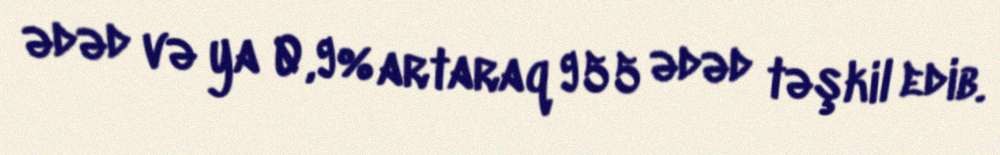
ədəd və ya 0,9% artaraq 955 ədəd təşkil edib.